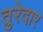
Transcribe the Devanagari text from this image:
तुरेदार